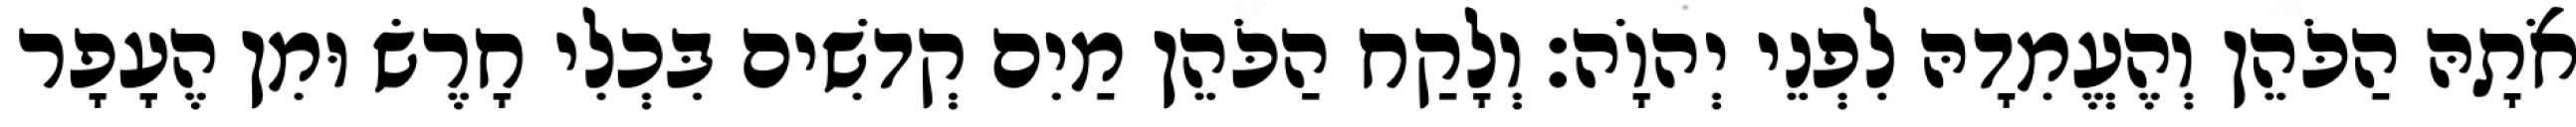
אֹתָהּ הַכֹּהֵן וְהֶעֱמִדָהּ לִפְנֵי יְהוָֹה׃ וְלָקַח הַכֹּהֵן מַיִם קְדשִׁים בִּכְלִי חָרֶשׂ וּמִן הֶעָפָר